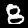
Label: 8